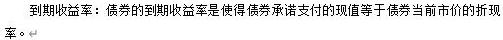
到期收益率：债券的到期收益率是使得债券承诺支付的现值等于债券当前市价的折现